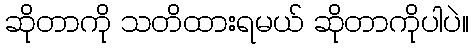
ဆိုတာကို သတိထားရမယ် ဆိုတာကိုပါပဲ။